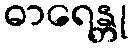
ဓာရေန္တု